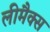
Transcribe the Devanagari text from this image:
लीमैक्स